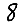
Digit: 8